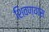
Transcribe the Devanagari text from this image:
शिवण्यास